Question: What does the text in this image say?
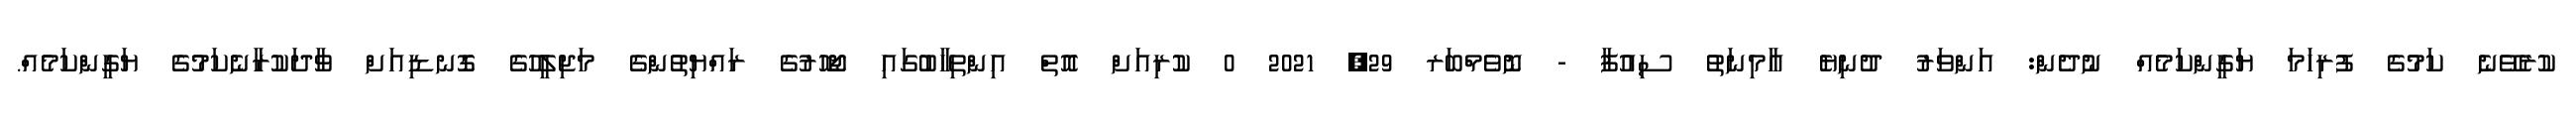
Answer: ކުރެވޭނެ ކަމުގެ ފުރިހަމަ ޔަގީންކަމެއް ނުދެން: އަންވަރު ދުނިޔެ އާމިނަތު ސިއުފާ - ނޮވެމްބަރ 29, 2021 0 ކުރިއަށް އޮތް އިންތިހާބުގައި ޖޯހޮރުގެ ރައްޔިތުންގެ މަޖިލީހުގެ ގޮނޑިއަށް ވާދަކުރާނެކަމުގެ ޔަގީންކަމެއް.